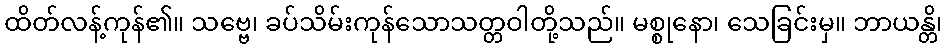
ထိတ်လန့်ကုန်၏။ သဗ္ဗေ၊ ခပ်သိမ်းကုန်သောသတ္တဝါတို့သည်။ မစ္စုနော၊ သေခြင်းမှ။ ဘာယန္တိ၊